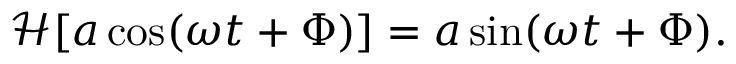
\mathcal { H } [ a \cos ( \omega t + \Phi ) ] = a \sin ( \omega t + \Phi ) .